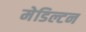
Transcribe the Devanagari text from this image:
मेडिल्टन